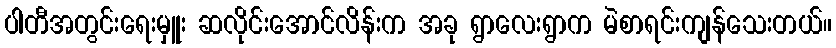
ပါတီအတွင်းရေးမှူး ဆလိုင်းအောင်လိန်းက အခု ရွာလေးရွာက မဲစာရင်းကျန်သေးတယ်။